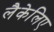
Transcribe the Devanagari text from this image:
लैकेलिए